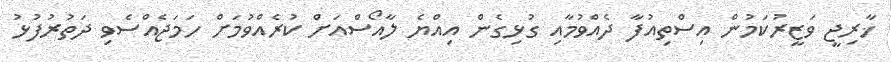
ޚާރިޖީ ވަޒީރުކަމުން އިސްތިއުފާ ދެއްވުމާއި ގުޅިގެން އިއްޔެ ލާއޯސްއަށް ކުރެއްވުމަށް ހަމަޖެއްސެވި ދަތުރުފުޅު